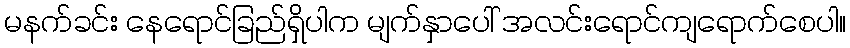
မနက်ခင်း နေရောင်ခြည်ရှိပါက မျက်နှာပေါ် အလင်းရောင်ကျရောက်စေပါ။